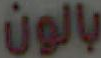
بالون